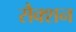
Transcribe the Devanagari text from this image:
सैक्शन